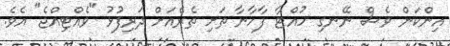
އިންކަން ވެސް ނޭނގި ހުއްޓާ ފާހާނާ ތަށި ތެރެއަށް ދަރިފުޅު "ވެއްޓިއްޖެ" އެވެ.